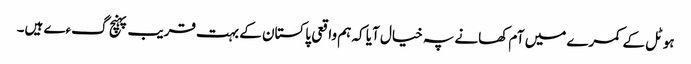
ہوٹل کے کمرے میں آم کھانے پہ خیال آیا کہ ہم واقعی پاکستان کے بہت قریب پہنچ گءے ہیں۔